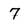
Character: 7